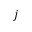
j